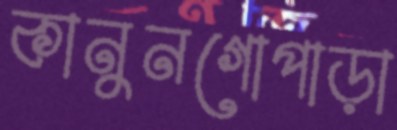
কানুনগোপাড়া